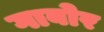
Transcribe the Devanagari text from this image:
गाबोर